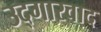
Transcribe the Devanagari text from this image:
उद्गारवाद